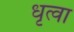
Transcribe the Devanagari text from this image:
धृत्वा